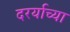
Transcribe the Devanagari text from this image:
दरर्याच्या